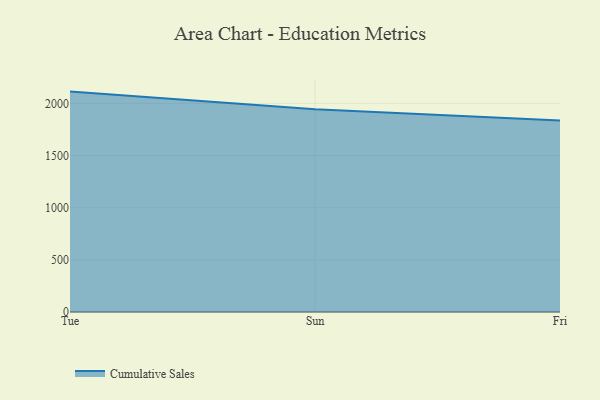
{"axis": {"x": "Day", "y": "Net Income (USD K)"}, "legend": ["Cumulative Sales"], "data": [{"x": "Tue", "y": 2112.9, "type": "Cumulative Sales"}, {"x": "Sun", "y": 1942.5, "type": "Cumulative Sales"}, {"x": "Fri", "y": 1835.3, "type": "Cumulative Sales"}]}